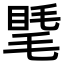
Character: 𥇾